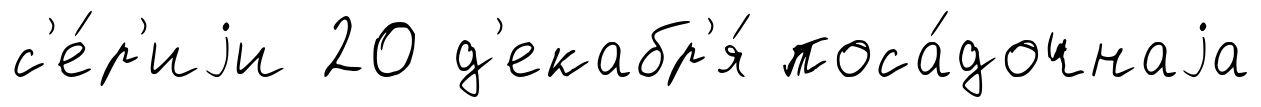
с'е́р'иjи 20 д'екабр'я́ поса́дочнаjа